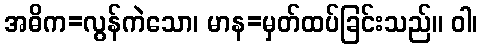
အဓိက=လွန်ကဲသော၊ မာန=မှတ်ထပ်ခြင်းသည်။ ဝါ၊